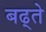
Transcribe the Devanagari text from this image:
बढ्ते